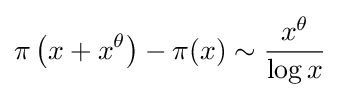
\pi \left(x+x^{\theta }\right)-\pi (x)\sim {\frac {x^{\theta }}{\log x}}